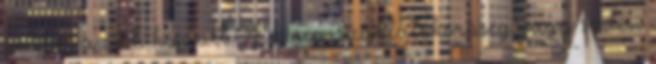
amiből a cikk készült. Ez nem szűklátókörűség vagy sértési